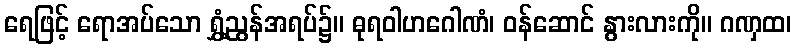
ရေဖြင့် ရောအပ်သော ရွှံ့ညွန်အရပ်၌။ ဓုရဝါဟဂေါဏံ၊ ဝန်ဆောင် နွားလားကို။ ဂဏှထ၊